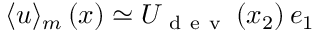
\langle \boldsymbol { u } \rangle _ { m } \left( \boldsymbol { x } \right) \simeq U _ { \mathrm { ~ d ~ e ~ v ~ } } \left( x _ { 2 } \right) \boldsymbol { e } _ { 1 }